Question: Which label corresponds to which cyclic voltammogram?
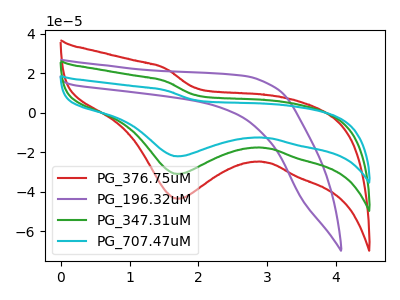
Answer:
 <answer>The red curve is labeled "PG_376.75uM". The purple curve is labeled "PG_196.32uM". The green curve is labeled "PG_347.31uM". The cyan curve is labeled "PG_707.47uM".</answer>
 <eval></eval>